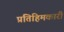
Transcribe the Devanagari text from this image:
प्रतिहिमकारी